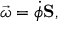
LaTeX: { \vec { \omega } } = { \dot { \phi } } \mathbf { S } ,